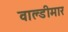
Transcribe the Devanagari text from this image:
वाल्डीमार